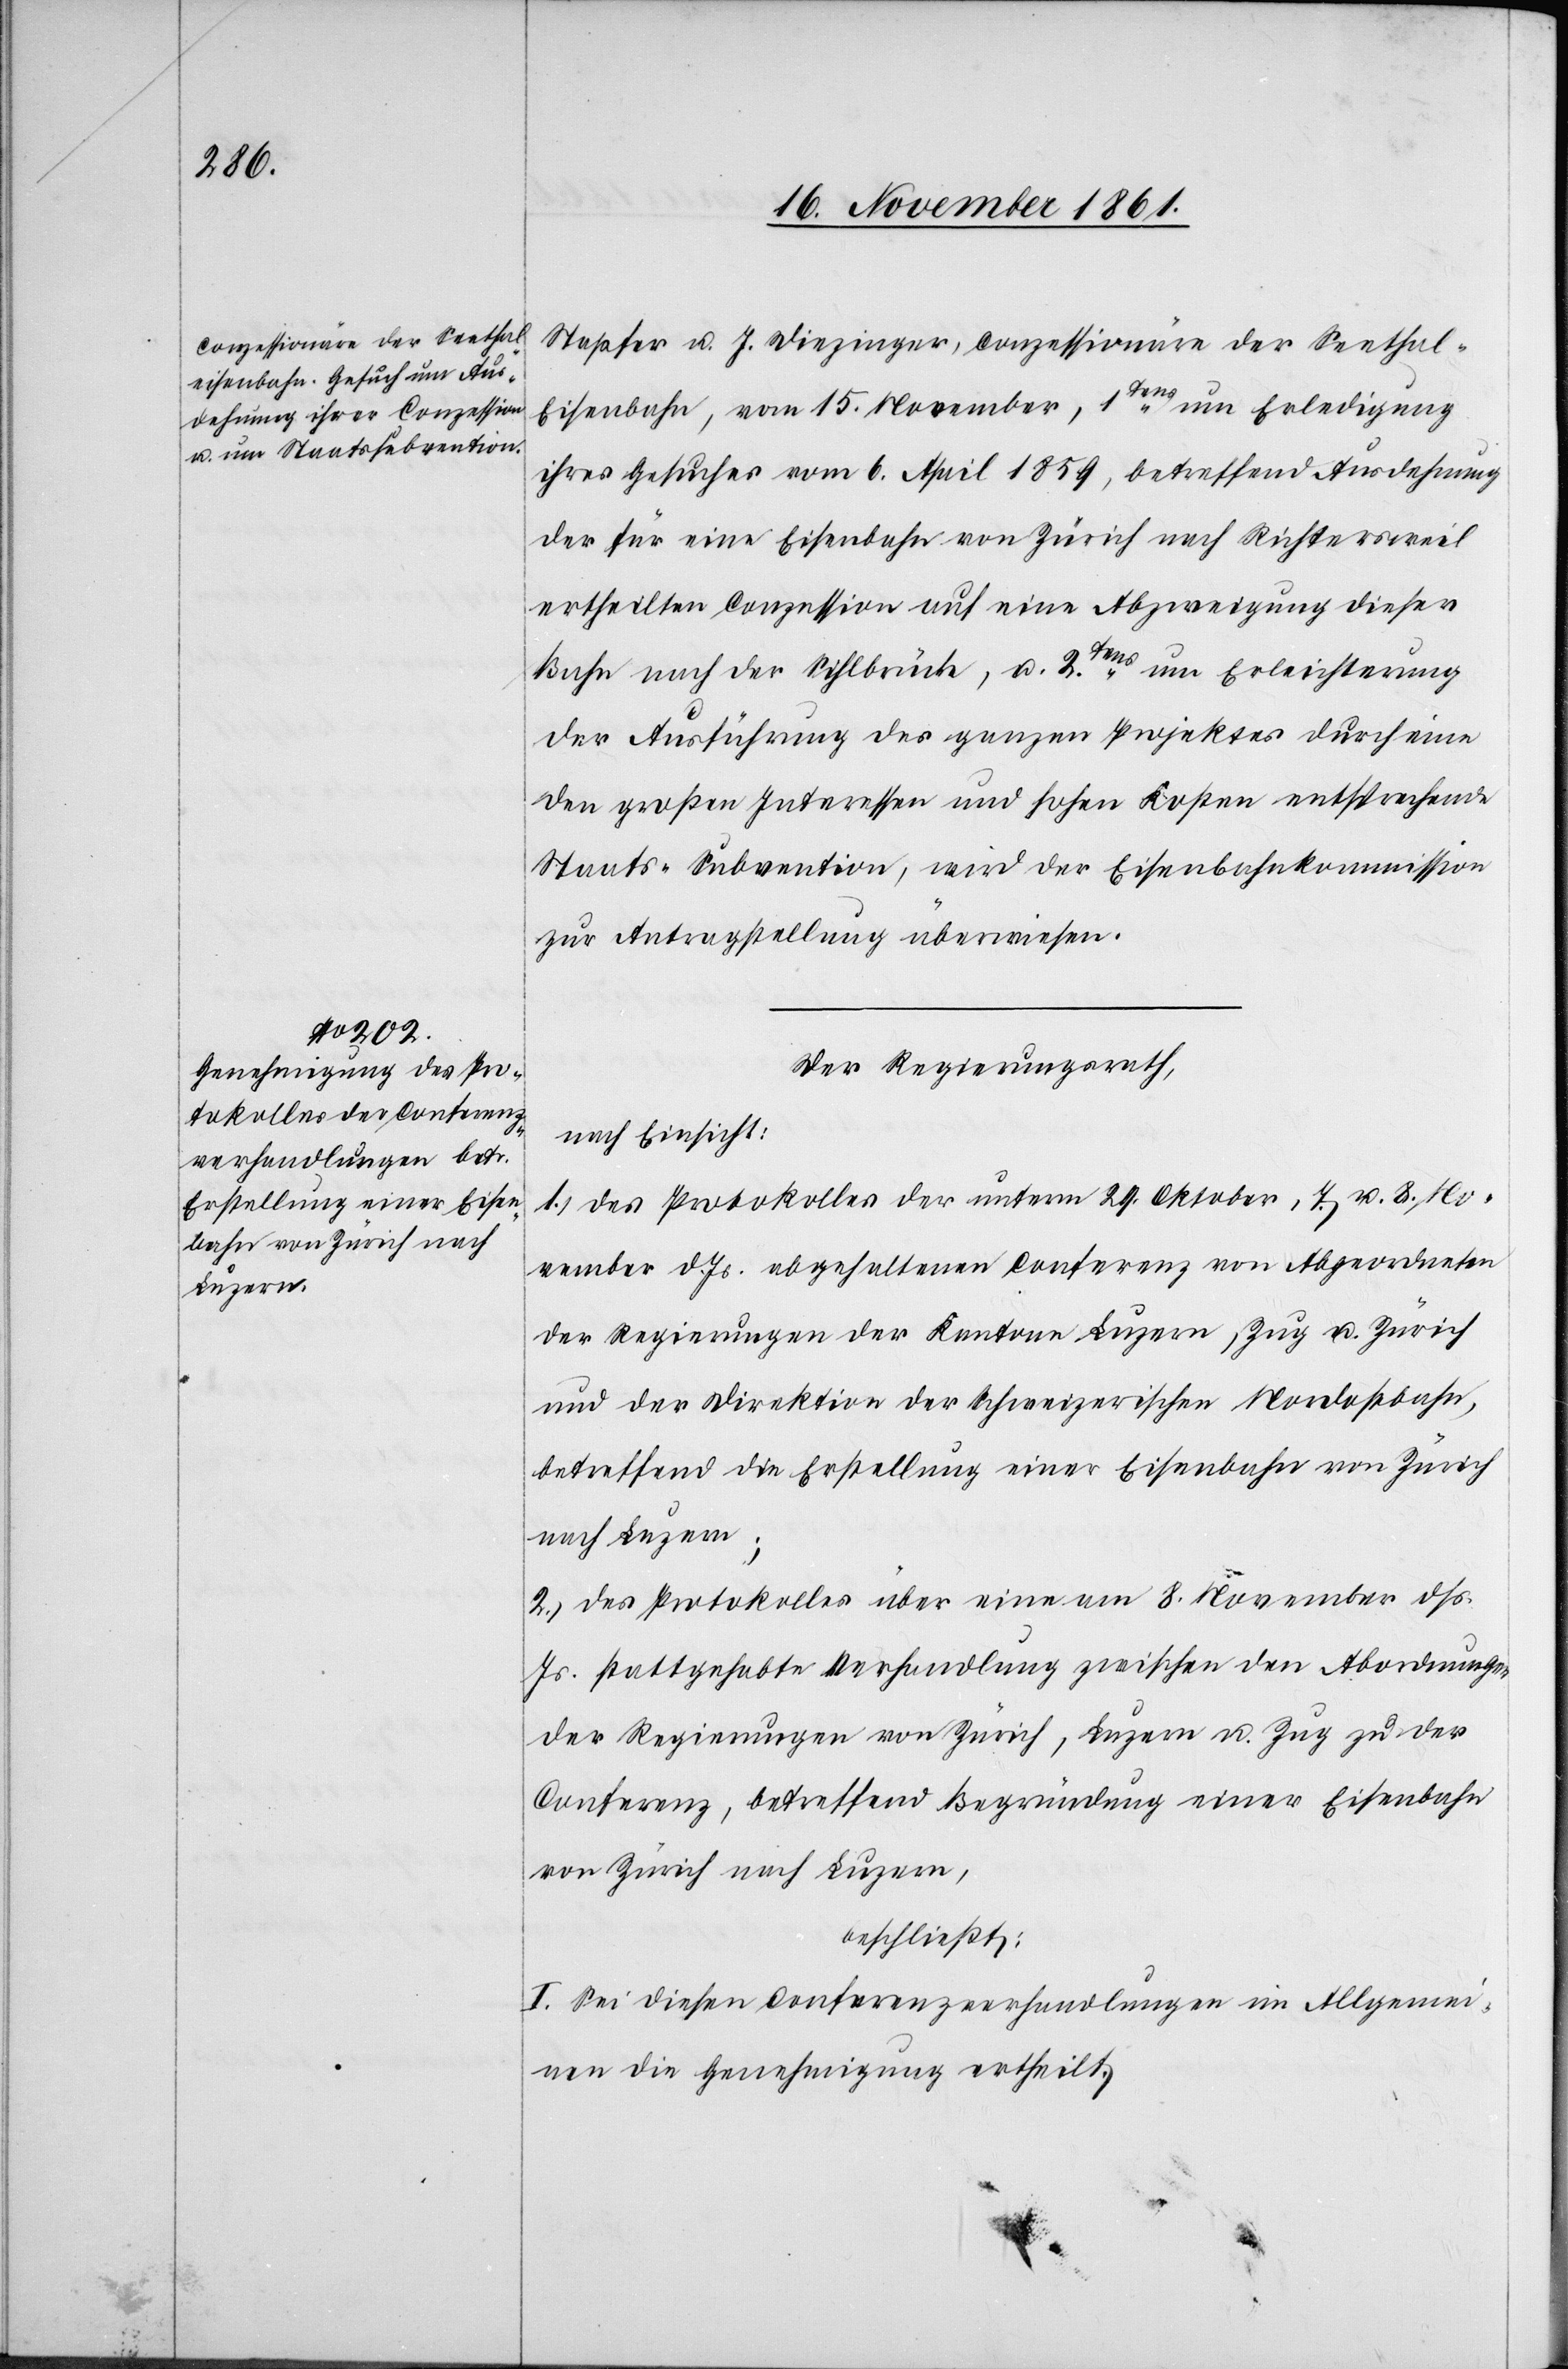
Stapfer u. J. Diezinger, Conzessionäre der Seetha¬
l-Eisenbahn, vom 15 November, 1tens um Erledigung
ihres Gesuches vom 6 April 1859, betreffend Ausdehnung
der für eine Eisenbahn von Zürich nach Richtersweil
ertheilten Conzession auf eine Abgrenzung dieser
Bahn nach der Sihlbrücke, u. 2tens um Erleichterung
der Ausführung des ganzen Projektes durch eine
den großen Interessen und hohen Kosten entsprechende
Staats-Subvention, wird der Eisenbahnkommission
zur Antragstellung überwiesen.
Der Regierungsrath,
nach Einsicht:
1.) des Protokolles der unterm 29 Oktober, 7. u. 8 No¬
vember d. Js. abgehaltenen Conferenz von Abgeordneten
der Regierungen der Kantone Luzern, Zug u. Zürich
und der Direktion der Nordostbahn, betreffend die Erstellung
2.) des Protokolles über eine am 8 November d.
Js. stattgehabte Verhandlung zwischen den Abordnungen
der Regierungen von Zürich, Luzern u. Zug zu der
Conferenz, betreffend Begründung einer Eisenbahn
von Zürich nach Luzern,
beschließt:
I. Sei diesen Conferenzverhandlungen im Allgemei¬
nen die Genehmigung ertheilt.